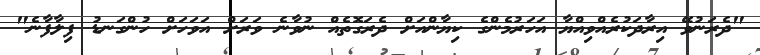
"ދެރަނުވޭ އިރާދަކުރެއްވިއްޔާ އަހަރުމެންގެ ކިޔާންއަށް ދެރަގޮތެއް ނުވާނެ ވަރަށް އަވަހަށް ހުންގަނޑު ފިލާފާނެ"